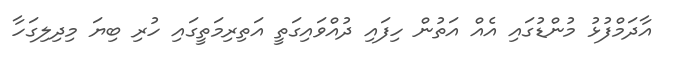
އާދަމްފުޅު މުންޑުގައި އެއް އަތުން ހިފައި ދުއްވައިގަތީ އަތިރިމަތީގައި ހުރި ބިޔަ މިދިލިގަހާ